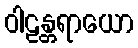
ဝါဠန္တရာယော